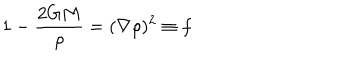
LaTeX: 1 - \frac { 2 G M } { \rho } = ( \nabla \rho ) ^ { 2 } \equiv f